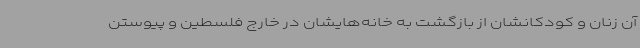
آن زنان و کودکانشان از بازگشت به خانه‌هایشان در خارج فلسطین و پیوستن